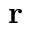
\textbf { r }